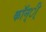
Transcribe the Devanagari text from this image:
कॉन्ी्